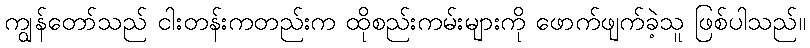
ကျွန်တော်သည် ငါးတန်းကတည်းက ထိုစည်းကမ်းများကို ဖောက်ဖျက်ခဲ့သူ ဖြစ်ပါသည်။